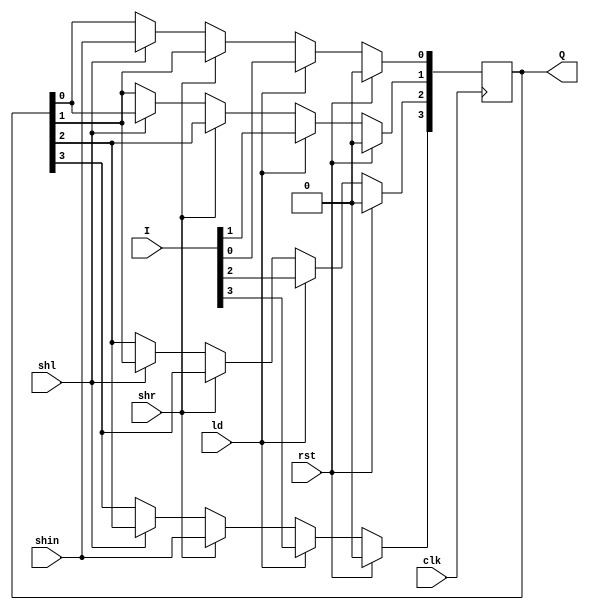
module mfreg(
input clk,
input [3:0] I,
input rst, ld, shr, shl, shin,
output [3:0] Q);

reg [3:0] R;

always @(posedge clk) begin
	if(rst == 1'b1) begin
		R <= 4'b0000;
	end
	else if(ld == 1'b1) begin
		R <= I;
	end
	else if(shr == 1'b1) begin
		R[3] <= shin; R[2] <= R[3]; R[1] <= R[2]; R[0] <= R[1];
	end
	else if(shl == 1'b1) begin
		R[3] <= R[2]; R[2] <= R[1]; R[1] <= R[0]; R[0] <= shin;
	end
end

assign Q = R;

endmodule